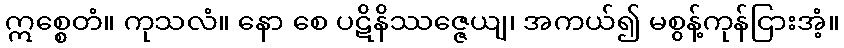
ဣစ္စေတံ။ ကုသလံ။ နော စေ ပဋိနိဿဇ္ဇေယျ၊ အကယ်၍ မစွန့်ကုန်ငြားအံ့။